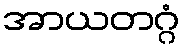
အာယတဂ္ဂံ